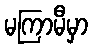
မကြာမီမှာ